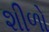
શીળો